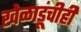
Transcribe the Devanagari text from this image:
खेळाडूंचीही